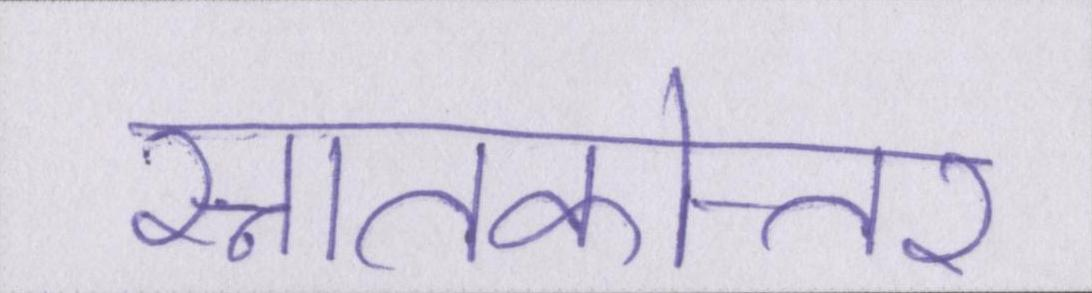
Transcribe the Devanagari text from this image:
स्नातकोत्तर